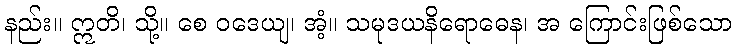
နည်း။ ဣတိ၊ သို့။ စေ ဝဒေယျ၊ အံ့။ သမုဒယနိရောဓေန၊ အ ကြောင်းဖြစ်သော